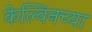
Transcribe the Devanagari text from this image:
केल्विनच्या